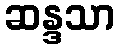
ဆန္ဒသာ